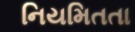
નિયમિતતા